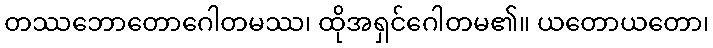
တဿဘောတောဂေါတမဿ၊ ထိုအရှင်ဂေါတမ၏။ ယတောယတော၊